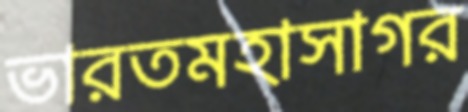
ভারতমহাসাগর